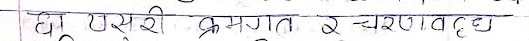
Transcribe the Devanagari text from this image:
छो त्यसरी क्रमगत २ चरणवद्ध